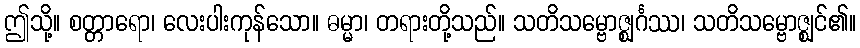
ဤသို့။ စတ္တာရော၊ လေးပါးကုန်သော။ ဓမ္မာ၊ တရားတို့သည်။ သတိသမ္ဗောဇ္ဈင်္ဂဿ၊ သတိသမ္ဗောဇ္ဈင်၏။